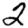
Digit: 2